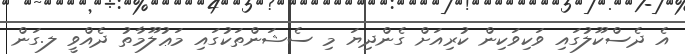
އެ ދެސްކޫލުގައި ވަކިވަކިން ކުރިއަށް ގެންދިޔަ މި ސެޝަންތަކުގައި މަޢުލޫމާތު ދެއްވީ ލ.ގަން